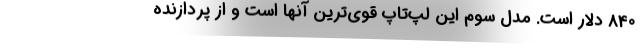
840 دلار است. مدل سوم این لپ‌تاپ قوی‌ترین آنها است و از پردازنده